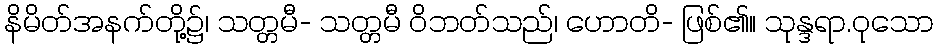
နိမိတ်အနက်တို့၌၊ သတ္တမီ- သတ္တမီ ဝိဘတ်သည်၊ ဟောတိ- ဖြစ်၏။ သုန္ဒရာ.ဝုသော